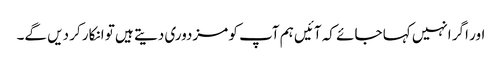
اور اگر انہیں کہا جائے کہ آئیں ہم آپ کو مزدوری دیتے ہیں تو انکار کر دیں گے۔